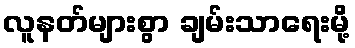
လူနတ်များစွာ ချမ်းသာရေးမို့